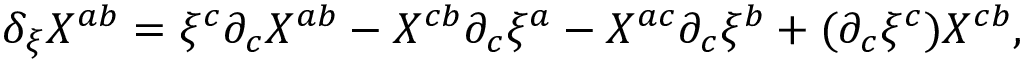
\delta _ { \xi } X ^ { a b } = \xi ^ { c } \partial _ { c } X ^ { a b } - X ^ { c b } \partial _ { c } \xi ^ { a } - X ^ { a c } \partial _ { c } \xi ^ { b } + ( \partial _ { c } \xi ^ { c } ) X ^ { c b } ,